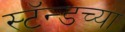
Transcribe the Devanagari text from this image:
स्टॅन्डच्या